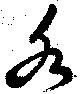
水